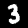
Digit: 3